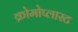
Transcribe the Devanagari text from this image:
क्रोमोप्लास्ट